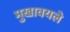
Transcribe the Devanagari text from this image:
मुखावयले